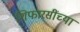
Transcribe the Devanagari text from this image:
शिफारसींच्या